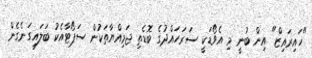
"ހައިރައިޒް" އިން ބުނީ މި އެވޯޑަކީ ސަރަހައްދުގެ ބޮޑެތި ޖަމިއްޔާތަކުން ސަޕޯޓާއެކު ބަލައިގަނެގެން